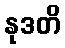
နုဒတိ